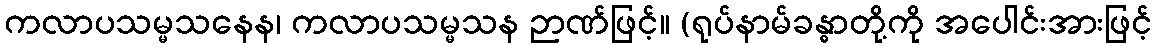
ကလာပသမ္မသနေန၊ ကလာပသမ္မသန ဉာဏ်ဖြင့်။ (ရုပ်နာမ်ခန္ဓာတို့ကို အပေါင်းအားဖြင့်